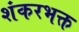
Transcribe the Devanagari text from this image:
शंकरभक्त